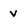
Character: v